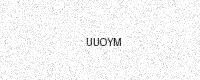
Text: UUOYM